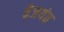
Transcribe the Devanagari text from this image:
बैजयंत